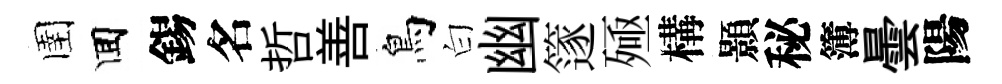
圉囬錫名哲善鳥白幽篴殛構顥秘簿曇陽